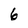
Character: 6